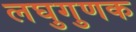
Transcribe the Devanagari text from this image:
लघुगुणक